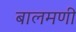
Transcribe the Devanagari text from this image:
बालमणी